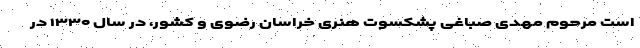
است مرحوم مهدی صباغی پشکسوت هنری خراسان رضوی و کشور، در سال ۱۳۳۰ در